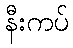
နီးကပ်